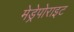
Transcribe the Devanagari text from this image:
मेड्रेपोराइट